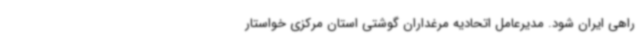
راهی ایران شود. مدیرعامل اتحادیه مرغداران گوشتی استان مرکزی خواستار